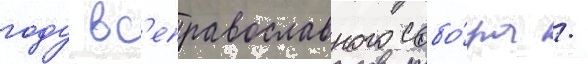
году вс'еправославного собо́ра /